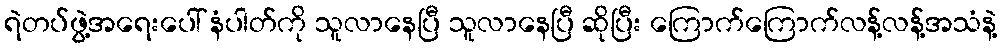
ရဲတပ်ဖွဲ့အရေးပေါ် နံပါတ်ကို သူလာနေပြီ သူလာနေပြီ ဆိုပြီး ကြောက်ကြောက်လန့်လန့်အသံနဲ့